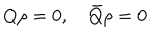
Q \rho = 0 , \quad \bar { Q } \rho = 0 .